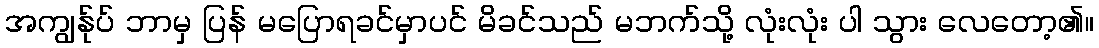
အကျွန်ုပ် ဘာမှ ပြန် မပြောရခင်မှာပင် မိခင်သည် မဘက်သို့ လုံးလုံး ပါ သွား လေတော့၏။